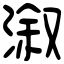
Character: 溆